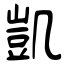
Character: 凱